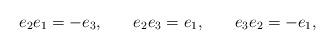
LaTeX: \begin{align*}e_2e_1=-e_3,\hspace{0.3in}e_2e_3=e_1,\hspace{0.3in}e_3e_2=-e_1,\end{align*}